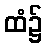
ထံ၌